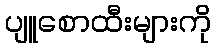
ပျူစောထီးများကို